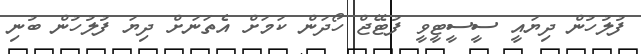
ފުލުހުން ދިޔައީ ސީސީޓީވީ ފުޓޭޖް ހޯދަން ކަމަށް އެތަނަށް ދިޔަ ފުލުހުން ބުނި